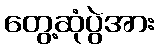
တွေ့ဆုံပွဲအား